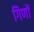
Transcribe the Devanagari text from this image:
गिणों